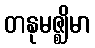
တနုမဇ္ဈိမာ